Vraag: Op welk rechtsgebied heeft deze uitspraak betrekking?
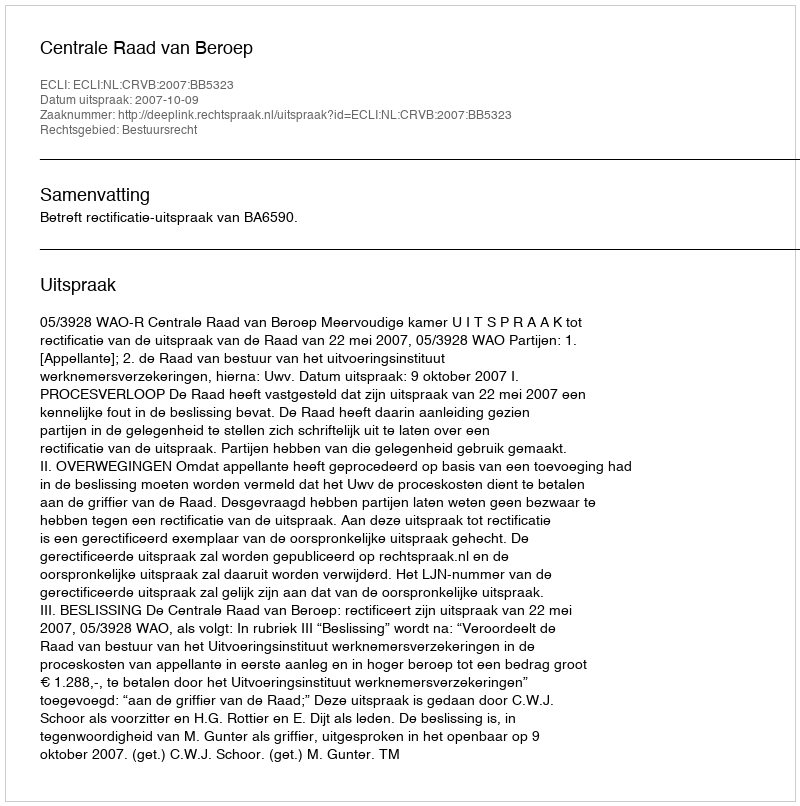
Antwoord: Bestuursrecht